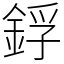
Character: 鋢